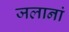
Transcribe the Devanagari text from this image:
जलानां